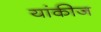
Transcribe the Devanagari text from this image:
यांकीज